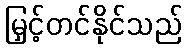
မြှင့်တင်နိုင်သည်